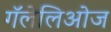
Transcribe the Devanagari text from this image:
गॅलेलिओज